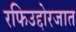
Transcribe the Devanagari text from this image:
रफिउद्दोरजात